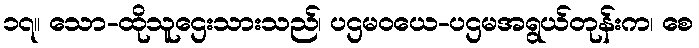
၁၇။ သော-ထိုသူဌေးသားသည်၊ ပဌမဝယေ-ပဌမအရွယ်တုန်းက၊ စေ